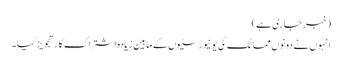
(خبر جاری ہے)
انہوں نے دونوں ممالک کی یونیورسٹیوں کے مابین زیادہ اشتراک کار تجویز کیا۔